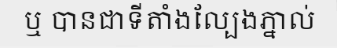
ឬ បានជាទីតាំងល្បែងភ្នាល់